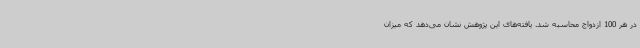
در هر 100 ازدواج محاسبه شد. یافته‌های این پژوهش نشان می‌دهد که میزان